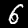
Digit: 6